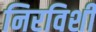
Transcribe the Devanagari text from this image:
निरविशी